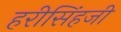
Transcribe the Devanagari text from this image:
हरीसिंहजी